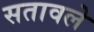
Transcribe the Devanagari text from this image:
सतावले